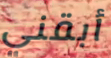
أبقني